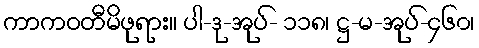
ကာကဝတီမိဖုရား။ ပါ-ဒု-အုပ်- ၁၁၈၊ ဋ္ဌ-မ-အုပ်-၄၆၀၊